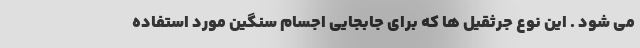
می ‌شود . این نوع جرثقیل ها که برای جابجایی اجسام سنگین مورد استفاده